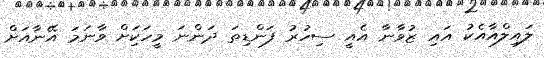
ލައިލްއާއެކު އައި ޒުވާނާ އެއީ ސިހުރު ފަންޑިތަ ދަންނަ މީހަކިަށް ވާނަމަ އޭނާއަށް